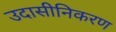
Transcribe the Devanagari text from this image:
उदासीनिकरण